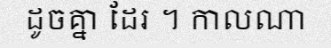
ដូចគ្នា ដែរ ។ កាលណា